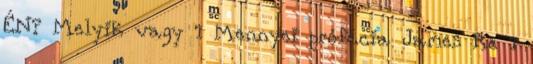
ÉN? Melyik vagy 1 Mennyei prófécia James Re 1